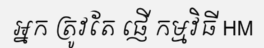
អ្នក ត្រូវតែ ផ្ញើ កម្មវិធី HM